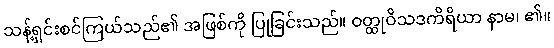
သန့်ရှင်းစင်ကြယ်သည်၏ အဖြစ်ကို ပြုခြင်းသည်။ ဝတ္ထုဝိသဒကိရိယာ နာမ၊ ၏။